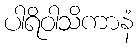
ပါရိဝါသိကာနံ